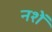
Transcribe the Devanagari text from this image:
नशें